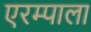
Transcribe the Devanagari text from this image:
एरम्पाला